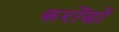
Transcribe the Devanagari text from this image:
करोंडों